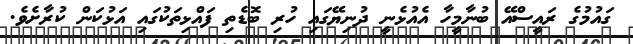
ގައުމުގެ ރައީސްއޭ ބުނާމީހާ އެއުޅެނީ ދުނިޔޭގައި ހުރި ބޮޑެތި ފައްޅިތަކުގައި އަޅުކަން ކުރާށެވެ.